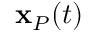
{ \bf x } _ { P } ( t )